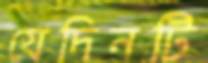
যেদিনটি